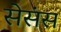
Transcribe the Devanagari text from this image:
सेसंस